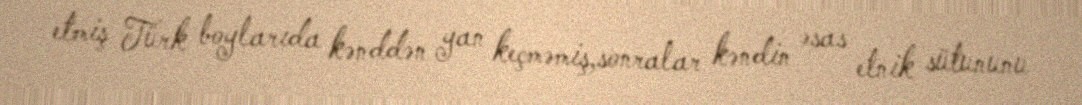
etmiş Türk boylarıda kənddən yan keçməmiş,sonralar kəndin əsas etnik sütununu